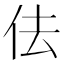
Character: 佉